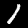
Label: 1